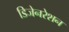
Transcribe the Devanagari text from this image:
डिजेनरेशन